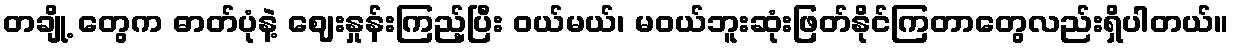
တချို့ တွေက ဓာတ်ပုံနဲ့ ဈေးနှုန်းကြည့်ပြီး ဝယ်မယ်၊ မဝယ်ဘူးဆုံးဖြတ်နိုင်ကြတာတွေလည်းရှိပါတယ်။